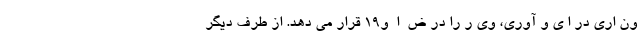
ون اری در ا ی و آوری، وی ر را در ض  ا  و19 قرار می دهد. از طرف دیگر